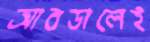
আবডালেই